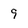
Character: 9